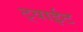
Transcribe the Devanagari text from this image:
ट्वाईट